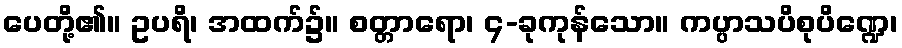
ပေတို့၏။ ဥပရိ၊ အထက်၌။ စတ္တာရော၊ ၄-ခုကုန်သော။ ကပ္ပာသပိစုပိဏ္ဍေ၊